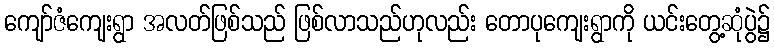
ကျော်ဇံကျေးရွာ အလတ်ဖြစ်သည် ဖြစ်လာသည်ဟုလည်း တောပုကျေးရွာကို ယင်းတွေ့ဆုံပွဲ၌